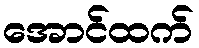
အောင်ထက်